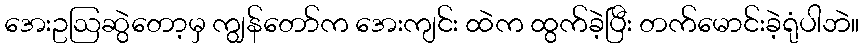
အေးဥဩဆွဲတော့မှ ကျွန်တော်က အေးကျင်း ထဲက ထွက်ခဲ့ပြီး တက်မောင်းခဲ့ရုံပါဘဲ။